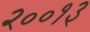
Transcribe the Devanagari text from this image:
२००१३